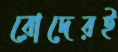
রোদেরই